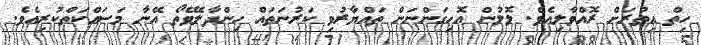
ހިތް އިތުރަށް ރޮއްވާލިއެވެ. ލޮލުން އޮހިގަންނަން ތައްޔާރުވި ކަރުނަތައް ހިންދާލެވޭތޯ އޭނާ މަސައްކަތްކުރިއެވެ.